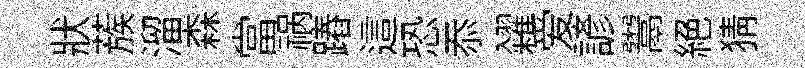
狀蔟溜森當祸蹖這恐忝糴爱諺鬻絕猜